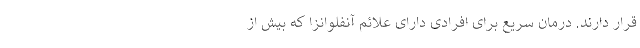
قرار دارند. درمان سریع برای افرادی دارای علائم آنفلوانزا که بیش از